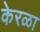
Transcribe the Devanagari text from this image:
केरळा